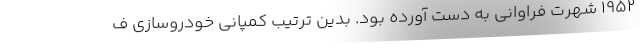
1952 شهرت فراوانی به دست آورده بود. بدین ترتیب کمپانی خودروسازی ف